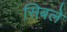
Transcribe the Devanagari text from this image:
सिबले